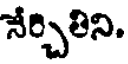
నేర్చితిని.